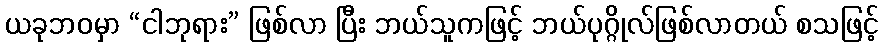
ယခုဘဝမှာ “ငါဘုရား” ဖြစ်လာ ပြီး ဘယ်သူကဖြင့် ဘယ်ပုဂ္ဂိုလ်ဖြစ်လာတယ် စသဖြင့်